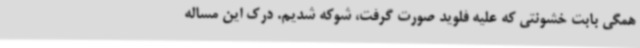
همگی بابت خشونتی که علیه فلوید صورت گرفت، شوکه شدیم. درک این مساله